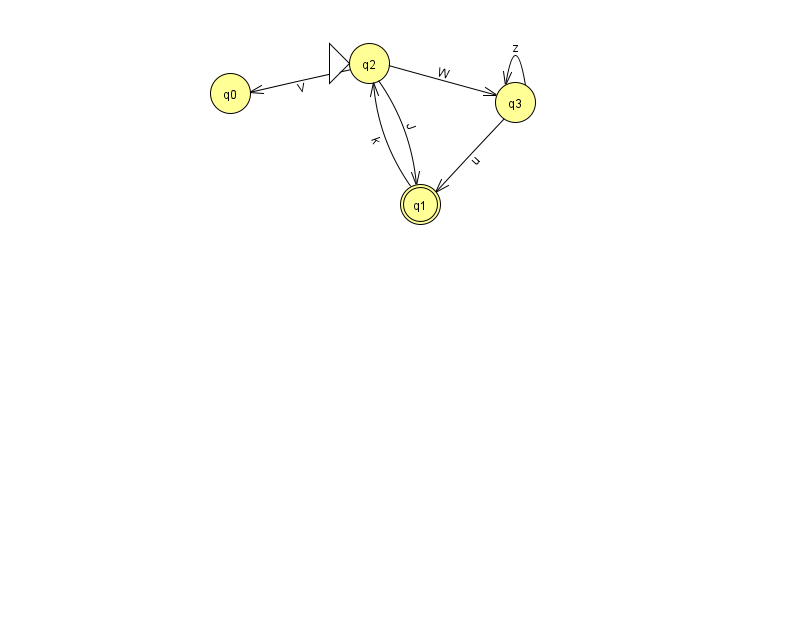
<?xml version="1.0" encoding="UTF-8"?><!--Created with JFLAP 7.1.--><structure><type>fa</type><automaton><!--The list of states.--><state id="0" name="q0"><x>230.0</x><y>80.0</y></state><state id="1" name="q1"><x>420.0</x><y>191.0</y><final/></state><state id="2" name="q2"><x>369.0</x><y>50.0</y><initial/></state><state id="3" name="q3"><x>515.0</x><y>89.0</y></state><!--The list of transitions.--><transition><from>2</from><to>1</to><read>J</read></transition><transition><from>2</from><to>3</to><read>W</read></transition><transition><from>1</from><to>2</to><read>k</read></transition><transition><from>2</from><to>0</to><read>V</read></transition><transition><from>3</from><to>1</to><read>u</read></transition><transition><from>3</from><to>3</to><read>z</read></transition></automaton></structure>